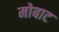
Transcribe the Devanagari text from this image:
मोबाट